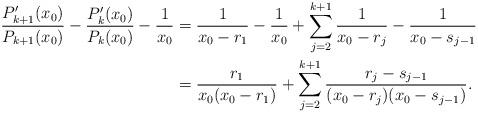
LaTeX: \begin{align*}\frac{P'_{k+1}(x_0)}{P_{k+1}(x_0)} - \frac{P'_{k}(x_0)}{P_{k}(x_0)} - \frac{1}{x_0} &= \frac{1}{x_0-r_1} -\frac{1}{x_0} + \sum_{j=2}^{k+1} \frac{1}{x_0-r_j} - \frac{1}{x_0-s_{j-1}}\\&= \frac{r_1}{x_0(x_0-r_1)} + \sum_{j=2}^{k+1} \frac{r_j-s_{j-1}}{(x_0-r_j)(x_0-s_{j-1})}. \end{align*}